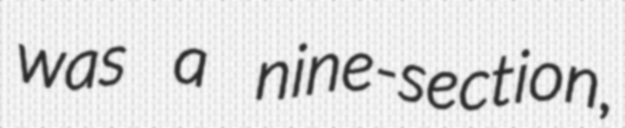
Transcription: was a nine-section,